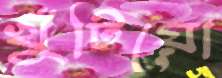
খুঁটিয়ো